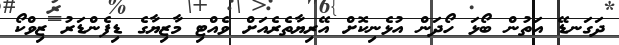
ދަގަނޑޭ އަތުން ބޯޅަ ހޯދަން އުޅެނިކޮށް އޭރިޔާތެރެއަށް ވެއްޓި މާޒިޔާގެ ޑިފެންޑަރު ޒިވްކޯ